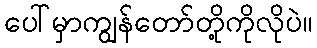
ပေါ်မှာကျွန်တော်တို့ကိုလိုပဲ။